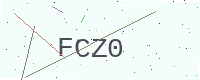
Text: FCZ0